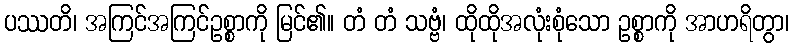
ပဿတိ၊ အကြင်အကြင်ဥစ္စာကို မြင်၏။ တံ တံ သဗ္ဗံ၊ ထိုထိုအလုံးစုံသော ဥစ္စာကို အာဟရိတွာ၊